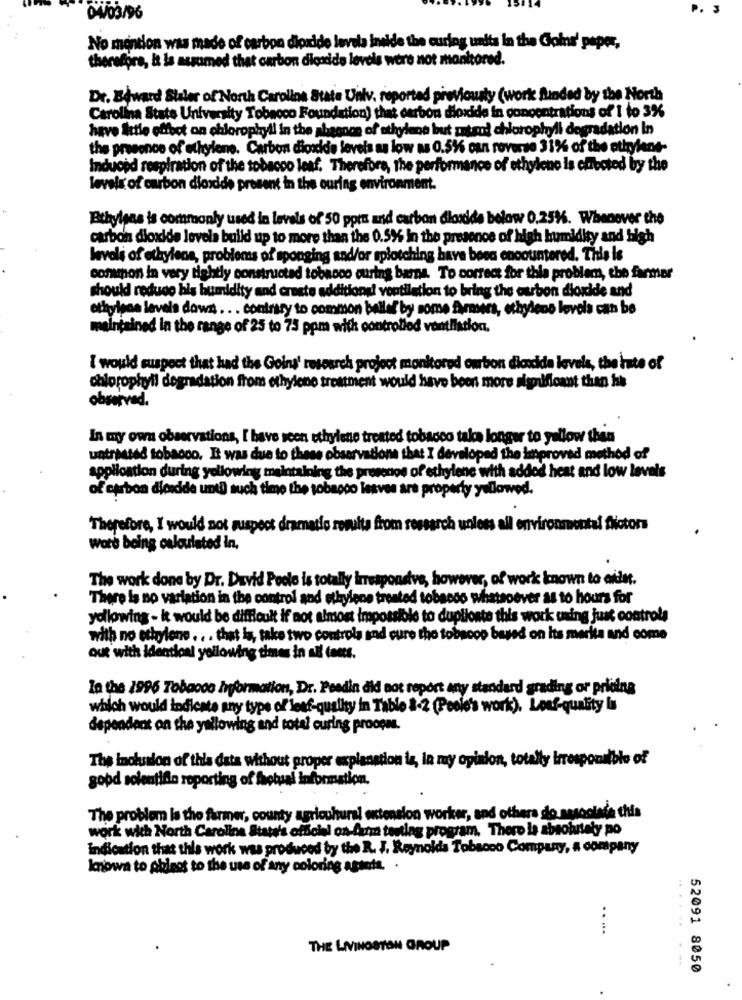
P. 3
04/03/96
No mention was made of carbon dicidide lavela inekde the curing units in the Color' peper,
therefore, & la assumed that carbon dicadide levels were not monitored.
Dr. Baward Staler of North Carolina State Univ, reported previously (work funded by the North
Carolina State University Tobacco Foundation) that carbon dioxide in concentrations of I to 3%
have letle effect on chlorophyll in the abagnon of ethylene but antand chlorophyll degradation In
the presence of ethylene. Carbon dioxide levels as low as 0.51% can roverse 31% of the ethylene-
Induced respiration of the tobacco leaf. Therefore, the performance of ethylene is chected by the
levels of carbon dioxide present in the ouring environment.
Ethylens is commonly used in levels of 50 ppet and carbon dioxide below 0,25%. Whenever the
carbon dioxide levels build up to more than the 0.5%% in the presence of high humidity and high
levoli of ethylene, problems of sponging and/or splotching have been encountered. This is
common in very tightly constructed tobacco ouring barna. To correct for thia problem, the farmer
should reduce his humidity and create additions! ventilation to bring the eurbon dioxide and
ethylene levels down . .. contrary to common bellef by some Armers, ethylene lovela can be
maintained in the range of 25 to 75 ppm with controllod ventilation.
I would suspect that had the GGoins' research project monitored ombon dicocida levels, the hate of
chlorophyll degradation from ethylene treatment would have been more sisoilficant than his
observed.
In my own observations, [' have seen ethylene treated tobacco take longer to yellow then
untressed tobacco. I was due to these observations that I developed the improved method of
application during yellowing maintaining the presence of ethylene with addod heat and low levels
of carbon diendde until such time the tobacco lesves are property yallowed.
Therefore, I would not suspect dramatio resulta from research unless all environmental flictors
Word being calculated In.
The work done by Dr. David Peole is totally imresponsive, however, of work known to aidet.
There is no variation in the control and ethylene treated tobacco whatsoever as to hours for
yollowing - it would be difficult if not almost impossible to duplionte this work uxing just controla
with no ethylene .. . that is, take two controls and cure the tobacco based on Its merita and come
out with identical yellowing times in all toets.
In the 1996 Tobacco Information, Dr. Peadin did not report any standard grading or pricing
which would indicate any type of leaf-quality in Table &-2 (Poole's work). Loaf-quality In
dependent on the yallowing and total curing proogms.
The inobution of this data without proper explanation la, la my opinion, totally Irresponsible of
good solentiflo reporting of factual information.
The problem la the farmer, county agricultural extension worker, and others do sesociale this
work with North Carolina State's official on fum touting program. There is absolutely po
indication that this work was produced by the R. J. Reynolds Tobacco Company, a company
Imnowa to Ableos to the use of any coloring agania. .
.....
THE LIVINGSTON GROUP
52091 8050